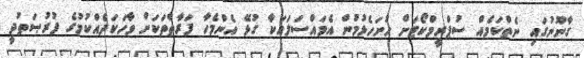
ގާނޫނުގައި ނެތްކަމެއް ސުޕްރީމްކޯޓަށް ހުށަހެޅުމުން އެމައްސަލައަކާ ގުޅޭ އެންމެހާ ފަރާތްތަކަށް ވާހަކަދެއްކުމުގެ ފުރުޞަތުދީ